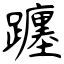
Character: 躔